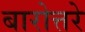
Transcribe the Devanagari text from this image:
बारोत्तरे